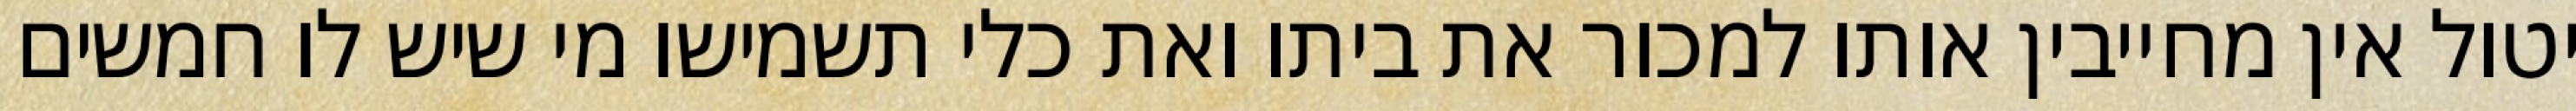
יטול אין מחייבין אותו למכור את ביתו ואת כלי תשמישו מי שיש לו חמשים